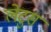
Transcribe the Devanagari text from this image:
लेटुस